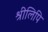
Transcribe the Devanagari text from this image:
श्रीलिपि